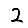
Digit: 2